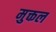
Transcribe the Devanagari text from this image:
मुक्तल